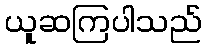
ယူဆကြပါသည်